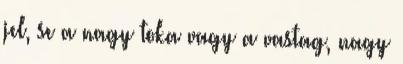
jel, se a nagy toka vagy a vastag, nagy